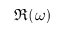
\Re ( \omega )